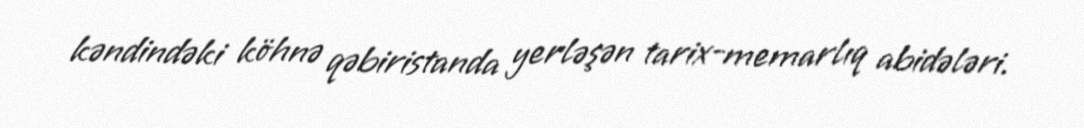
kəndindəki köhnə qəbiristanda yerləşən tarix-memarlıq abidələri.